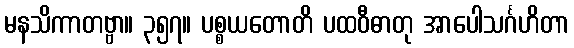
မနသိကာတဗ္ဗာ။ ၃၅၇။ ပစ္စယတောတိ ပထဝီဓာတု အာပေါသင်္ဂဟိတာ